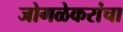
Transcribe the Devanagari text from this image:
जोगळेकरांचा